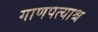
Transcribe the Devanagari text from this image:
गाणपत्याश्च